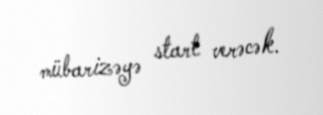
mübarizəyə start verəcək.